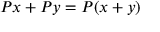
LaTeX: P x + P y = P ( x + y )